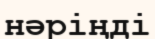
нәріңді